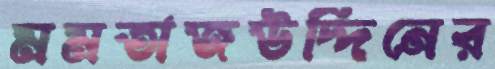
মমতাজউদ্দিনের